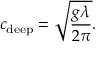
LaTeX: c _ { \mathrm { d e e p } } = { \sqrt { \frac { g \lambda } { 2 \pi } } } .